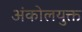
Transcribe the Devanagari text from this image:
अंकोलयुक्त